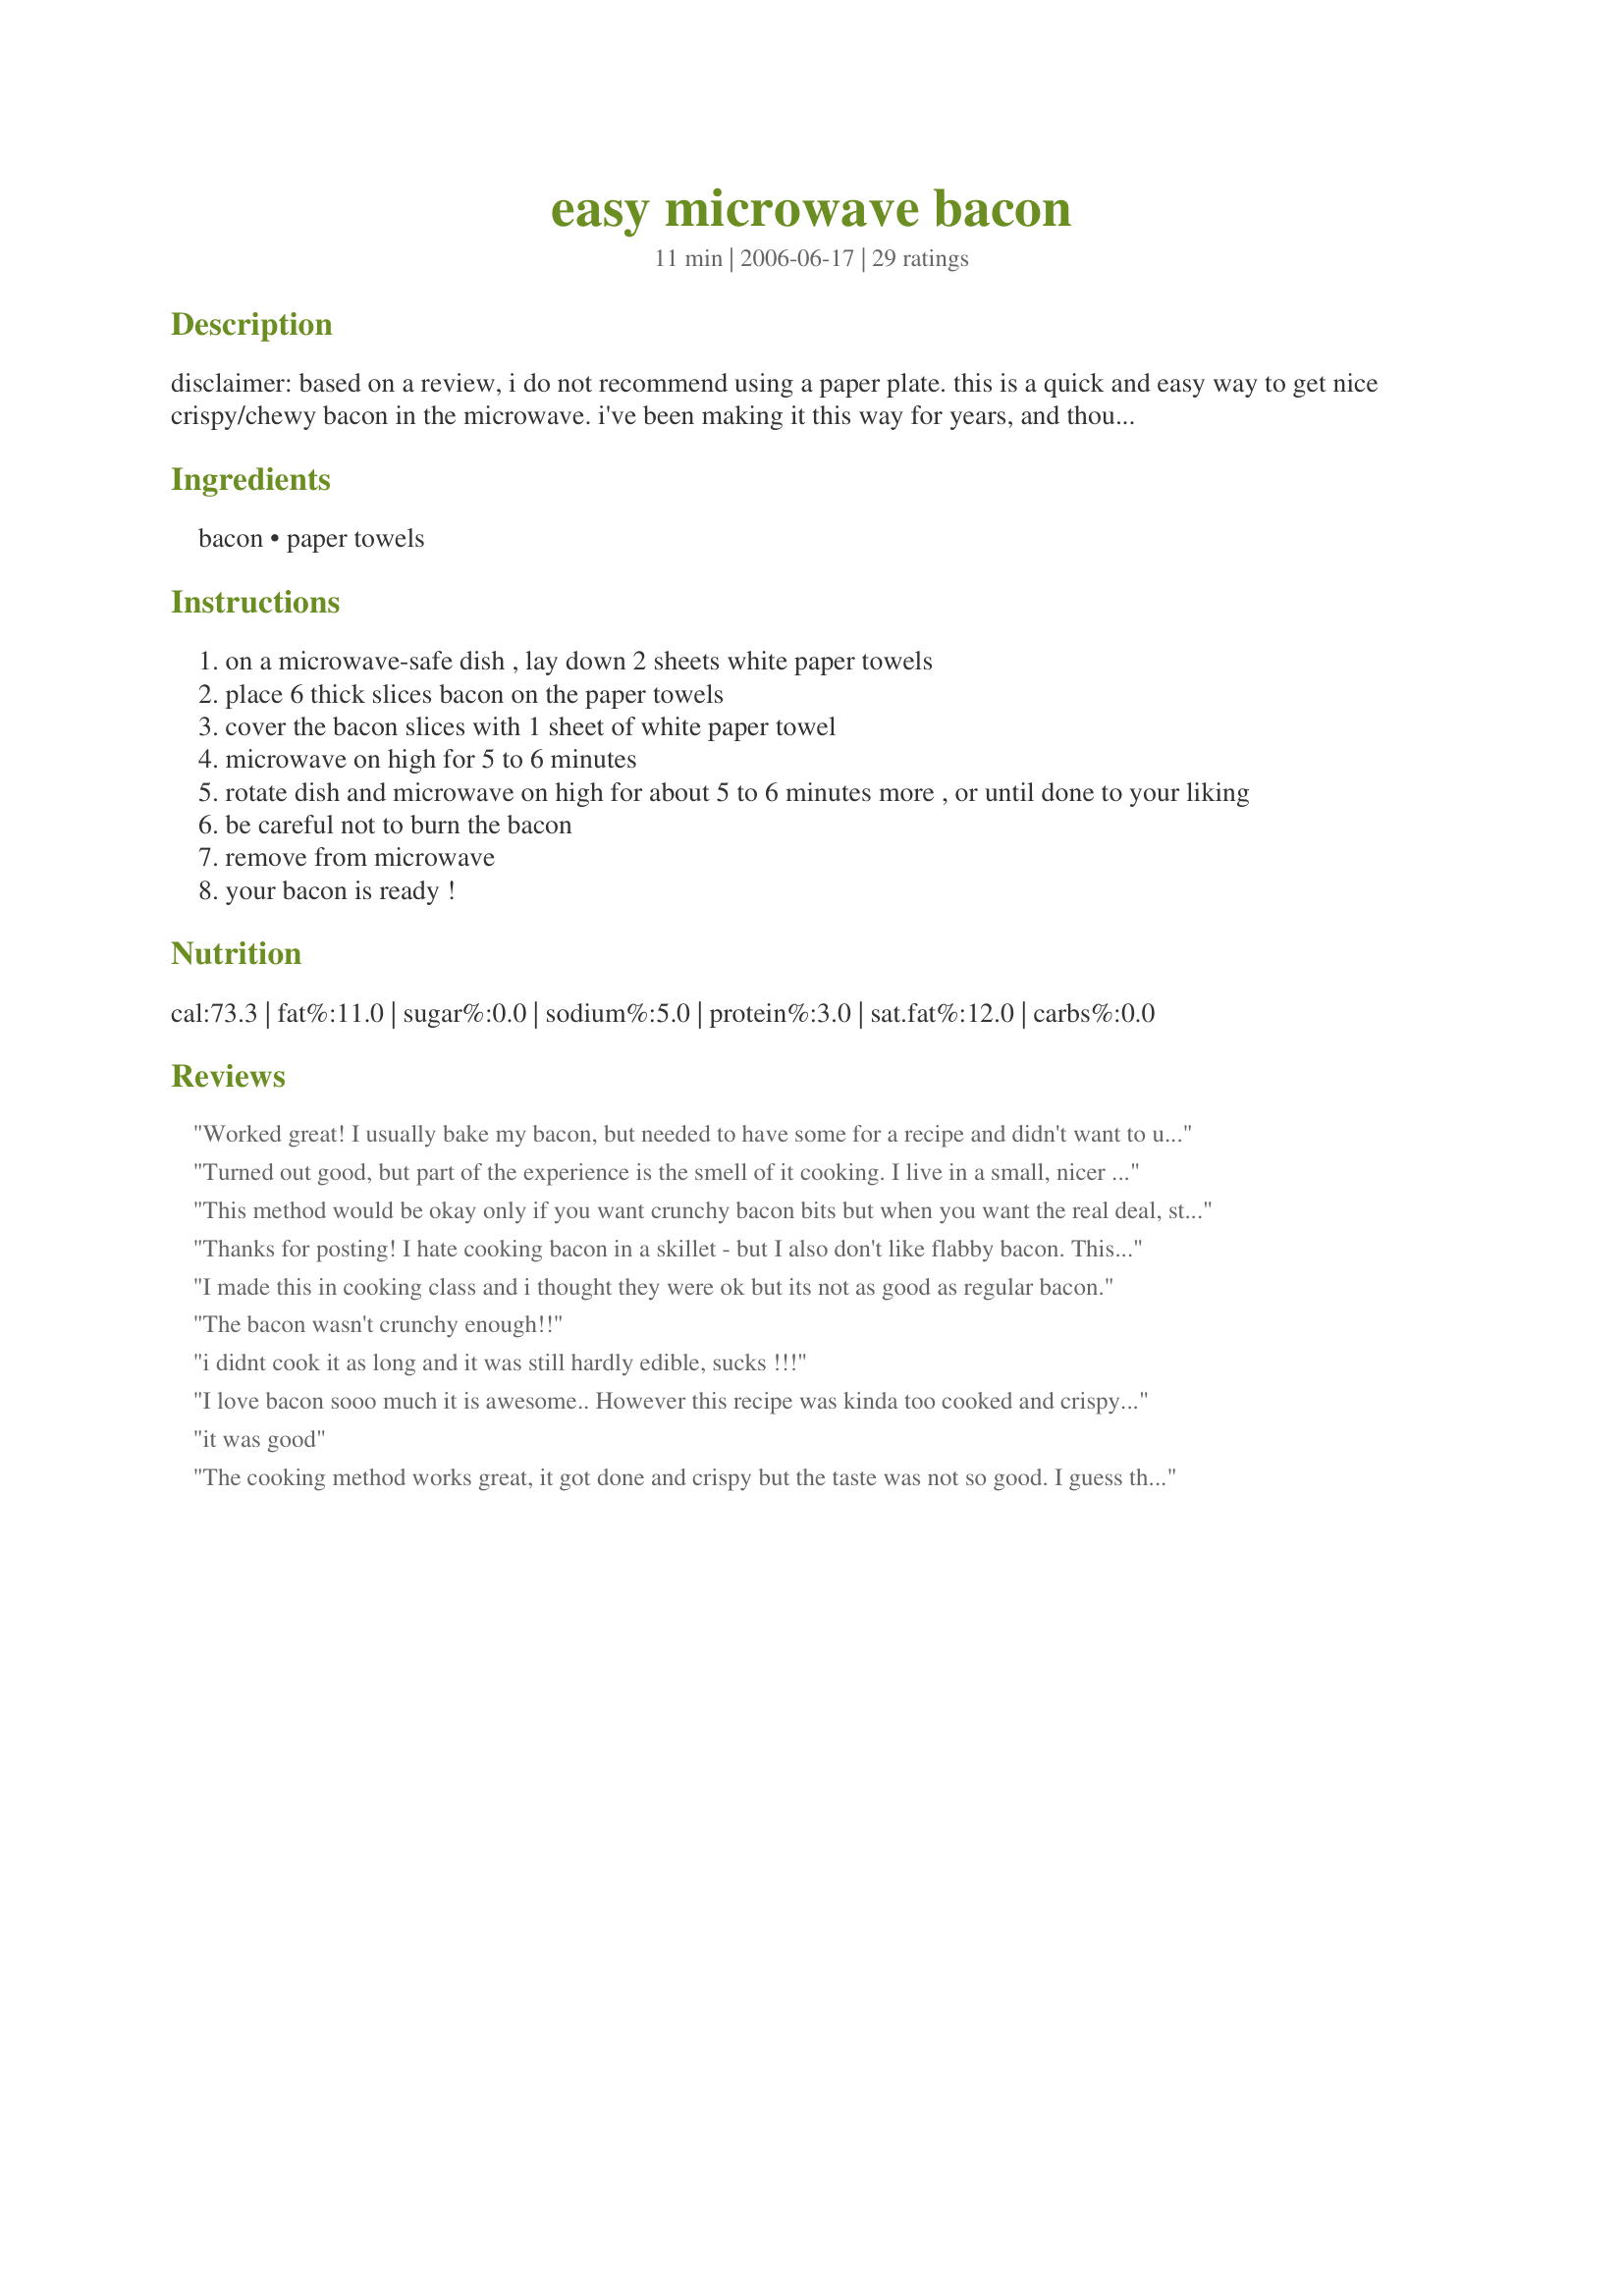
easy microwave bacon
Preparation time: 11 minutes

disclaimer: based on a review, i do not recommend using a paper plate. this is a quick and easy way to get nice crispy/chewy bacon in the microwave. i've been making it this way for years, and thought i would share. this method sure beats the spattered grease mess all over the stove top from pan frying, or having to use the oven in the hot summertime. enjoy! note: cooking times will vary according to your microwave, the type of bacon, and your desired level of crispness/ chewiness, so feel free to adjust cooking times as necessary. if this is the first time you use my method, be sure to closely monitor the process and check often.

Ingredients:
bacon, paper towels

Steps:
on a microwave-safe dish , lay down 2 sheets white paper towels
place 6 thick slices bacon on the paper towels
cover the bacon slices with 1 sheet of white paper towel
microwave on high for 5 to 6 minutes
rotate dish and microwave on high for about 5 to 6 minutes more , or until done to your liking
be careful not to burn the bacon
remove from microwave
your bacon is ready !

Reviews:
Worked great! I usually bake my bacon, but needed to have some for a recipe and didn't want to use up the dishes and didn't have the time, so used this. It worked well and bacon was crispy. My slightly thick bacon was done in 3 minutes. Thanks; I'll use this method again!
Turned out good, but part of the experience is the smell of it cooking. I live in a small, nicer apartment complex. Second floor right above swimming pool. The exast fan dumps my kitchen air, maby ten feet from pool. So a lot of times when i see out of shape (large) people in the poole, thats my cue to cook bacon. I usually add a little water to frying pan first, then crank exhast fan on high. Maby one of them will take the hint and spend some more time at gyme, which will allow them to live longer happier lives.
This method would be okay only if you want crunchy bacon bits but when you want the real deal, stick to the pan or oven. Our bacon came out dry and leathery and my family wouldn't eat it.
Thanks for posting! I hate cooking bacon in a skillet - but I also don't like flabby bacon. This takes care of it - it's a great option when you're cooking bacon to add to a recipe rather than just eat with breakfast.
I made this in cooking class and i thought they were ok but its not as good as regular bacon.
The bacon wasn't crunchy enough!!
i didnt cook it as long and it was still hardly edible, sucks !!!
I love bacon sooo much it is awesome.. However this recipe was kinda too cooked and crispy...
it was good
The cooking method works great, it got done and crispy but the taste was not so good. I guess the old way of frying it on the stove top and letting it cook in its own grease still yields the best tasting bacon.
Mine only took 2 minutes to cook and was crispy... I have never made bacon in the microwave before... not as tasty, but it was still good. ??
Rule of thumb: 1 minute per slice and no more than 5-6 slices at a time.
Nice, simple method for easily cookign bacon without sitting over a hot stove.
Yeah! a great way to microwave bacon! I have one of those funky bacon microwave things that is a real pain to clean. This is much nicer - lined a 7 by 11 pyrex dish with three papertowels, laid bacon down (only fit 5 slices at a time) and covered with two towels. Since I used regular old thin bacon not the thick slice I cooked for only 5 minutes and it was perfect, quite crisp. Then I wiped out dish with a paper towel and did again with fresh paper towels until the whole package was cooked. So I used a lot of paper towels but it was worth it in terms of easy clean up and the back was crisp and not greasy like pan fried. thanks! I am using this from now on.
I think this way of cooking bacon in the microwave works a lot better than my bacon tray. The best part is that most of the bacon grease is in the towel for easier clean up. 

Thanks BecR. 

Bullwinkle
okay i guess
This worked so well for me. I used four thin slices and it took only four minutes. I love not having all that greasy taste from frying or baking. Thanks for a great tip. This is one of my favorite tips I've learned in a long time. I never would've thought I could get crispy bacon from the microwave. Awesome!
This bacon was horible I hated it it was chewy and grose
Did this exactly by the directions wit the exception of using a paper plate instead of a Pyrex dish... this is what happened... even cut 2 minutes off the time
This my favorite way to cook bacon--so fast and no mess! Also frees up the stove for making other parts of a meal (and one less pan to wash). I shorten the cook time to 3-4 minutes since I like my bacon soft and chewy.
That's a great way to cook bive or six slices, but if you need to cook more there's a better way. There's a new product, it's called the Bacon Pro. Granted, I am biased, since I’m the inventor, but it cooks more than 20 slices of bacon all at once in the microwave. It is quick, clean, easy, and healthier. The fat drips away. With this device, you'll be able to cook enough bacon to prepare BLTs this summer. This is not some cheap drug store bacon cooker. It is the best bacon cooker ever made. You will never go back to cooking bacon in the oven or on the stove-top. Check it out at http://www.baconpro.com and watch the video about how it works.
My husband wanted BLT&#039;s and I didn&#039;t have much time as I had plans for the evening so I decided to use this method for cooking his bacon. I only cooked mine for eight minutes but it was very hard and crunchy. We ate it but next time if I cook it this way, I will check it much sooner.
such good bacon
This is actually really cool! If you use normal sliced bacon I recommend 2:30-3 minutes. It’s kind of like popcorn. Once you don’t hear anymore pops it’s a pretty much done.
Worked perfectly!! Thanks!! I was making several dishes & didn't want to add frying bacon to the mix, so was glad to find these directions. I used a regular (thinner) cut of bacon and put them in for 4 1/2 minutes and the strips were perfect!!
About 3.5 minutes for 3 slices of maple bacon
Worked perfectly for me. I used thin slice bacon and was able to cook 7 pieces at a time. I followed the directions and put my bacon on the double layer of paper towels on a corelle plate and then covered with a single layer of paper towels. I cooked it for 6 minutes total and the bacon cane out very crispy, just how I like it. I was able to cook an entire 12 oz package in about 12-17 minutes time. I normally bake it in the oven on a sheet pan but this is great for cooking bacon in warmer weather!
I tried playing with cooking time but the texture still changed to shoe leather. Awful.
Good, but made my microwave a greasy mess! I used a very thick-cut peppered bacon. Anyways, the amount of paper towels called for wasn't nearly enough... there was a pool of grease covering the bottom of my microwave by the time it was done cooking. Next time, I'll use a lot more towels! Otherwise, a nice method for quickly prepping bacon. I used the bacon I cooked in Recipe #149124 , which were great.
